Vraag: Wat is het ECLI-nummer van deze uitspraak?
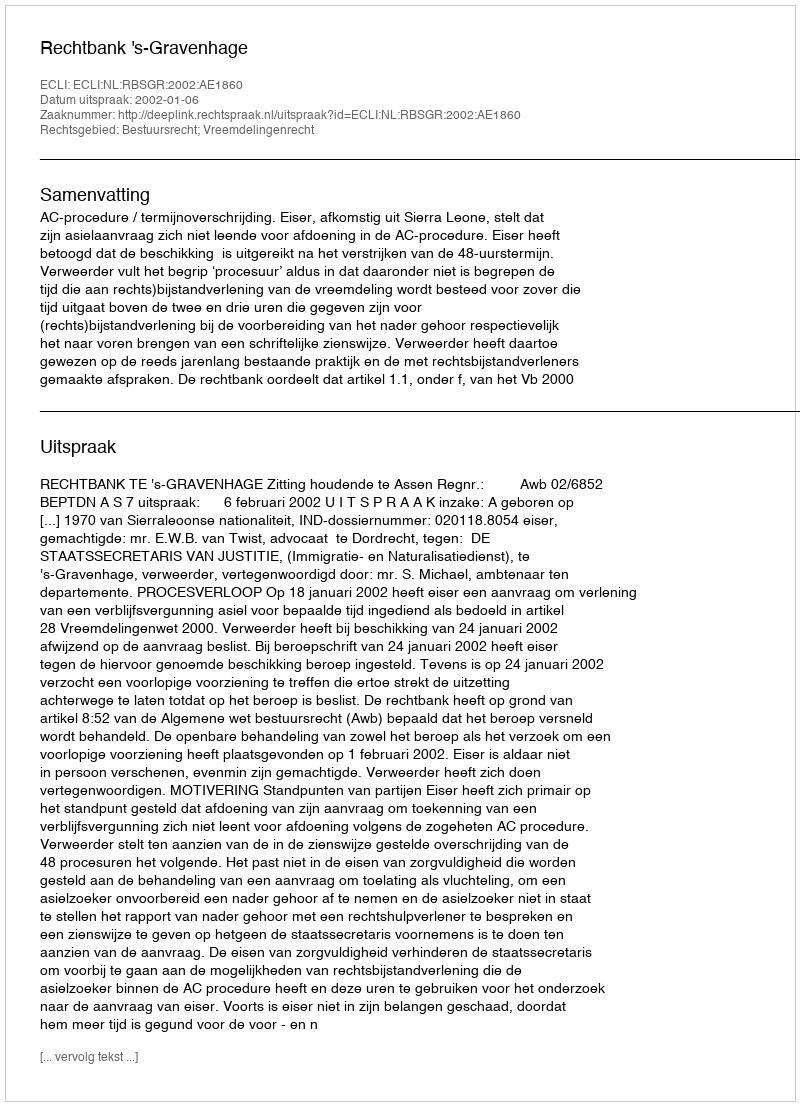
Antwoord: ECLI:NL:RBSGR:2002:AE1860